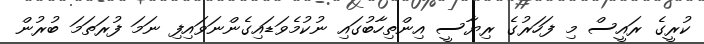
ކުރީގެ ރައީސް މި ފަހަރުގެ ރިޔާސީ އިންތިހާބުގައި ނުކުމެވަޑައިގެންނަވައިފި ނަމަ ފުރަތަމަ ބުރުން